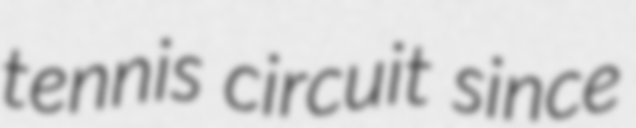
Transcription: tennis circuit since